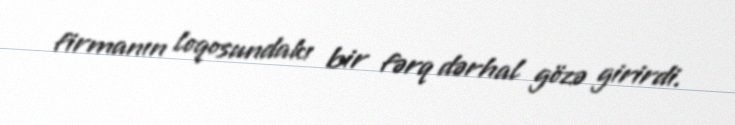
firmanın loqosundakı bir fərq dərhal gözə girirdi.